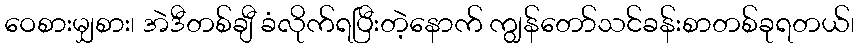
ဝေစားမျှစား၊ အဲဒီတစ်ချီ ခံလိုက်ရပြီးတဲ့နောက် ကျွန်တော်သင်ခန်းစာတစ်ခုရတယ်၊